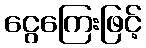
ငွေကြေးဖြင့်